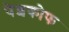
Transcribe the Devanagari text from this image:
पेशकोफ